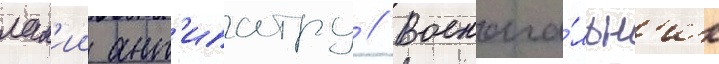
лам'ии ант'ипатру // Военача́льн'ик